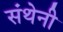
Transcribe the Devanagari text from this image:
संथेनी